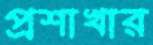
প্রশাখার